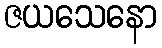
ဇယသေနော